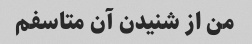
من از شنیدن آن متاسفم